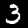
Digit: 3